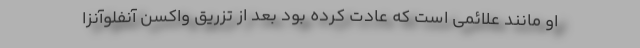
او مانند علائمی است که عادت کرده بود بعد از تزریق واکسن آنفلوآنزا